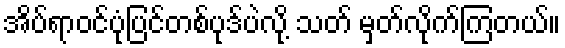
အိပ်ရာဝင်ပုံပြင်တစ်ပုဒ်ပဲလို့ သတ် မှတ်လိုက်ကြတယ်။